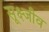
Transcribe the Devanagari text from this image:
सूक्ष्जीव